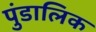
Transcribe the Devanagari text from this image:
पुंडालिक